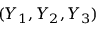
( Y _ { 1 } , Y _ { 2 } , Y _ { 3 } )